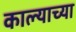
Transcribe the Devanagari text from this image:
काल्याच्या